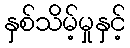
နှစ်သိမ့်မှုနှင့်